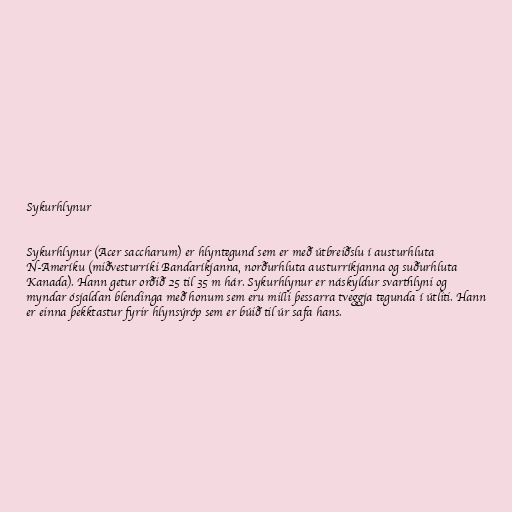
Sykurhlynur

Sykurhlynur (Acer saccharum) er hlyntegund sem er með útbreiðslu í austurhluta
N-Ameríku (miðvesturríki Bandaríkjanna, norðurhluta austurríkjanna og suðurhluta
Kanada). Hann getur orðið 25 til 35 m hár. Sykurhlynur er náskyldur svarthlyni og
myndar ósjaldan blendinga með honum sem eru milli þessarra tveggja tegunda í útliti. Hann
er einna þekktastur fyrir hlynsýróp sem er búið til úr safa hans.